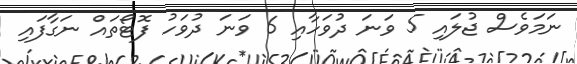
ނަަމަވެސް ޖުލައި 5 ވަނަ ދުވަހާއި 6 ވަނަ ދުވަހު ފޮޓޯތައް ނަގާފައި